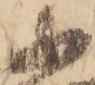
不